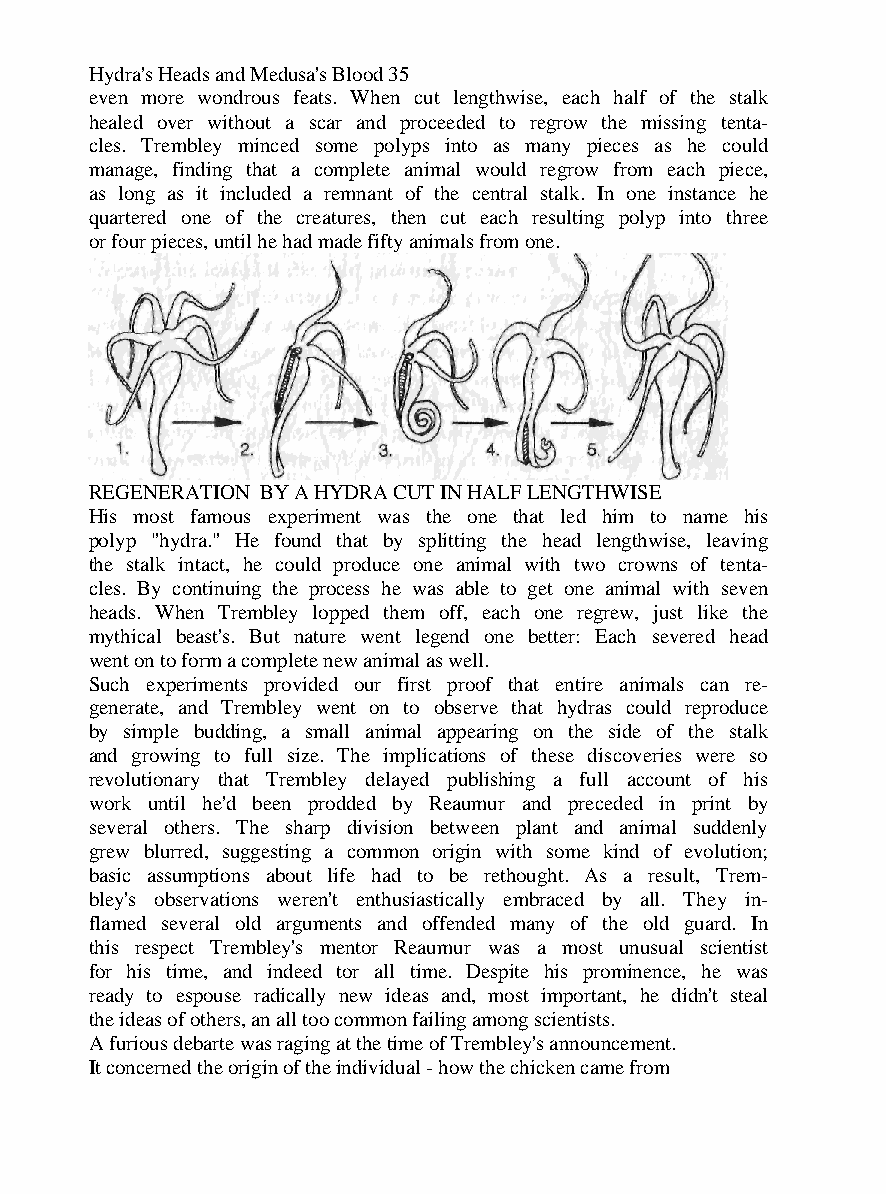
Hydra's Heads and Medusa's Blood 35
 even more wondrous feats. When cut lengthwise, each half of the stalk
 healed over without a scar and proceeded to regrow the missing tenta-
 cles. Trembley minced some polyps into as many pieces as he could
 manage, finding that a complete animal would regrow from each piece,
 as long as it included a remnant of the central stalk. In one instance he
 quartered one of the creatures, then cut each resulting polyp into three
 or four pieces, until he had made fifty animals from one.
 REGENERATION BY A HYDRA CUT IN HALF LENGTHWISE
 His most famous experiment was the one that led him to name his
 polyp "hydra." He found that by splitting the head lengthwise, leaving
 the stalk intact, he could produce one animal with two crowns of tenta-
 cles. By continuing the process he was able to get one animal with seven
 heads. When Trembley lopped them off, each one regrew, just like the
 mythical beast's. But nature went legend one better: Each severed head
 went on to form a complete new animal as well.
 Such experiments provided our first proof that entire animals can re-
 generate, and Trembley went on to observe that hydras could reproduce
 by simple budding, a small animal appearing on the side of the stalk
 and growing to full size. The implications of these discoveries were so
 revolutionary that Trembley delayed publishing a full account of his
 work until he'd been prodded by Reaumur and preceded in print by
 several others. The sharp division between plant and animal suddenly
 grew blurred, suggesting a common origin with some kind of evolution;
 basic assumptions about life had to be rethought. As a result, Trem-
 bley's observations weren't enthusiastically embraced by all. They in-
 flamed several old arguments and offended many of the old guard. In
 this respect Trembley's mentor Reaumur was a most unusual scientist
 for his time, and indeed tor all time. Despite his prominence, he was
 ready to espouse radically new ideas and, most important, he didn't steal
 the ideas of others, an all too common failing among scientists.
 A furious debarte was raging at the time of Trembley's announcement.
 It concerned the origin of the individual - how the chicken came from